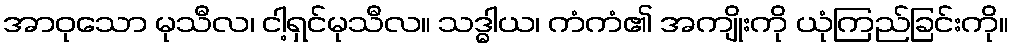
အာဝုသော မုသီလ၊ ငါ့ရှင်မုသီလ။ သဒ္ဓါယ၊ ကံကံ၏ အကျိုးကို ယုံကြည်ခြင်းကို။